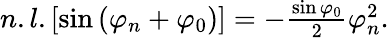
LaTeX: \begin{array}{r}{n.l.\left[\sin\left(\varphi_{n}+\varphi_{0}\right)\right]=-\frac{\sin\varphi_{0}}{2}\varphi_{n}^{2}.}\end{array}